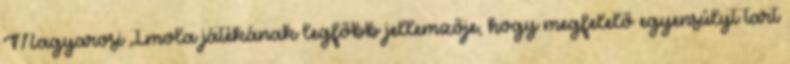
Magyarosi Imola játékának legfőbb jellemzője, hogy megfelelő egyensúlyt tart